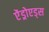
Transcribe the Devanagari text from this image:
ऐंड्रोएड्स